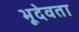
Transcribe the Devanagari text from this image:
भूदेवता